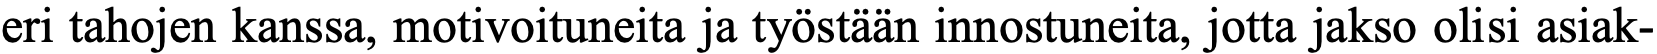
eri tahojen kanssa, motivoituneita ja työstään innostuneita, jotta jakso olisi asiak-